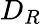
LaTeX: D_{R}